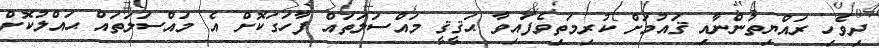
ދިވެހި ރައްޔިތުންނާއި ޤައުމަށް ކުރިމަތިވެފައިވާ ޙަޤީޤީ މައްސަލަތައް ފާހަގަކޮށް އެ މައްސަލަތައް ޙައްލުކޮށް